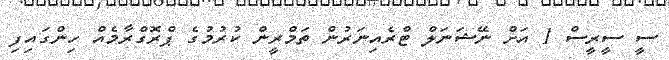
ސީ ސީރީސް 1 އަށް ނޭޝަނަލް ޓްރެއިނަރުން ތަމްރީން ކުރުމުގެ ޕްރޮގްރާމެއް ހިންގައިފި